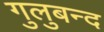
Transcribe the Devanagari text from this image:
गुलुबन्द